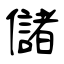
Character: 儲